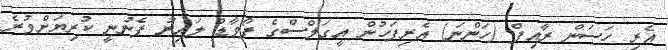
އެރި ހަސަން ރާއިފް (ހަންނަ) އެރިފަހުން އީގަލްސްގެ ފޯވާޑް ލައިނު ފެނުނީ ކުރިޔަށްވުރެ